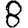
Digit: 8